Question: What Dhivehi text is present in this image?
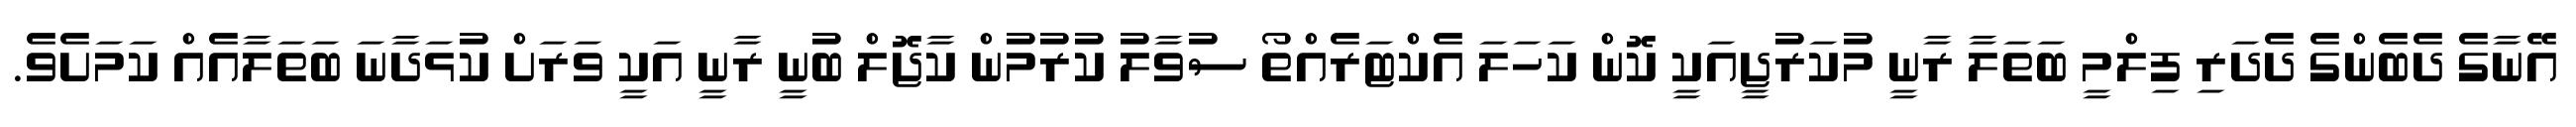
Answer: އޭނާގެ ދެބެންގެ ދެދަރި ފިލްމީ ބަތަލާ ރާނީ މުކަރުޖީއަކީ ކޮން ކަހަލަ އެކްޓަރެއްތޯ ސުވާލު ކުރުމުން ކާޖޮލް ބުނީ ރާނީ އަކީ ވަރަށް ކުޅަދާނަ ބަތަލާއެއް ކަމަށެވެ.